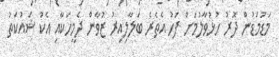
މަޑުމަޑުން ދޮރު ހުޅުވާލުމަށް ފަހު އެތެރެ ބަލާލިއިރު ޒުވާން ދެމީހަކާއި އެކު ޝައުކަތު